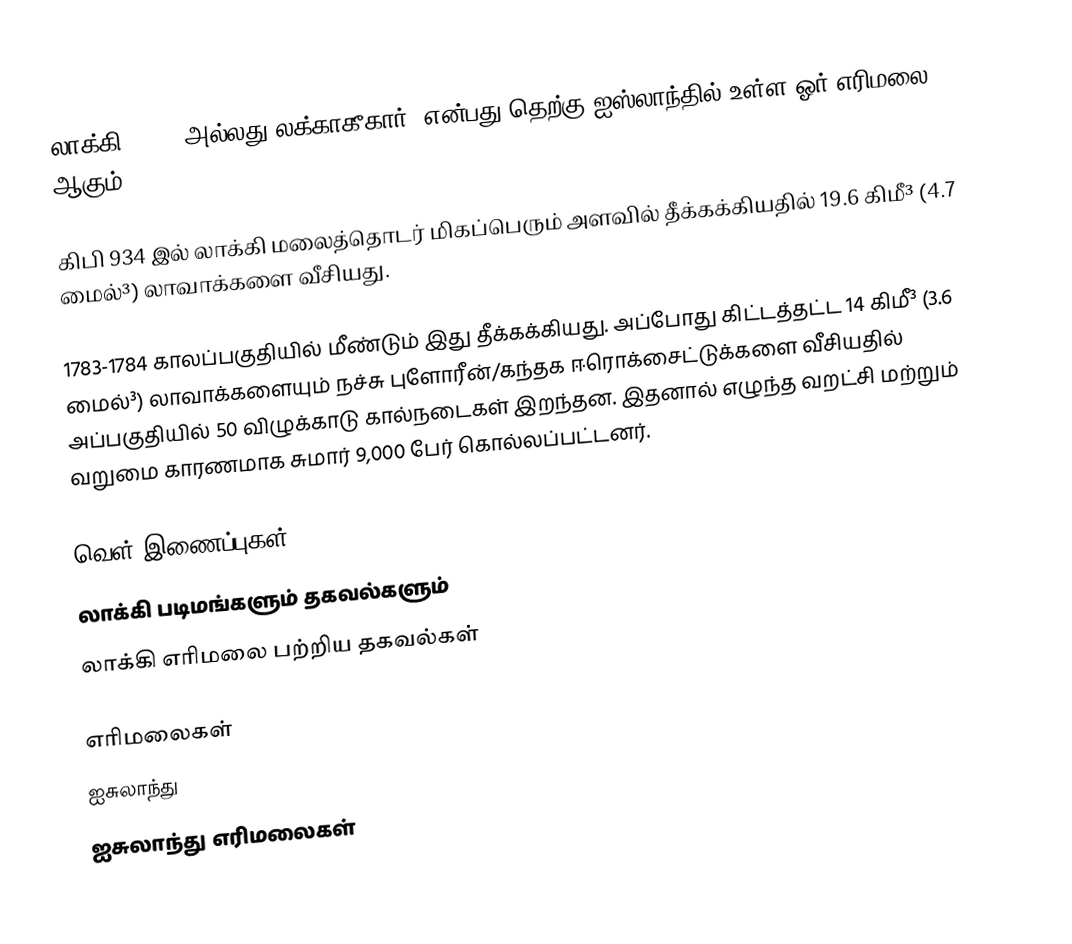
லாக்கி (Laki அல்லது லக்காகீகார்) என்பது தெற்கு ஐஸ்லாந்தில் உள்ள ஓர் எரிமலை ஆகும்.

கிபி 934 இல் லாக்கி மலைத்தொடர் மிகப்பெரும் அளவில் தீக்கக்கியதில் 19.6 கிமீ³ (4.7 மைல்³) லாவாக்களை வீசியது.

1783-1784 காலப்பகுதியில் மீண்டும் இது தீக்கக்கியது. அப்போது கிட்டத்தட்ட 14 கிமீ³ (3.6 மைல்³) லாவாக்களையும் நச்சு புளோரீன்/கந்தக ஈரொக்சைட்டுக்களை வீசியதில் அப்பகுதியில் 50 விழுக்காடு கால்நடைகள் இறந்தன. இதனால் எழுந்த வறட்சி மற்றும் வறுமை காரணமாக சுமார் 9,000 பேர் கொல்லப்பட்டனர்.

வெள் இணைப்புகள்
 லாக்கி படிமங்களும் தகவல்களும்
 லாக்கி எரிமலை பற்றிய தகவல்கள்

எரிமலைகள்
ஐசுலாந்து
ஐசுலாந்து எரிமலைகள்